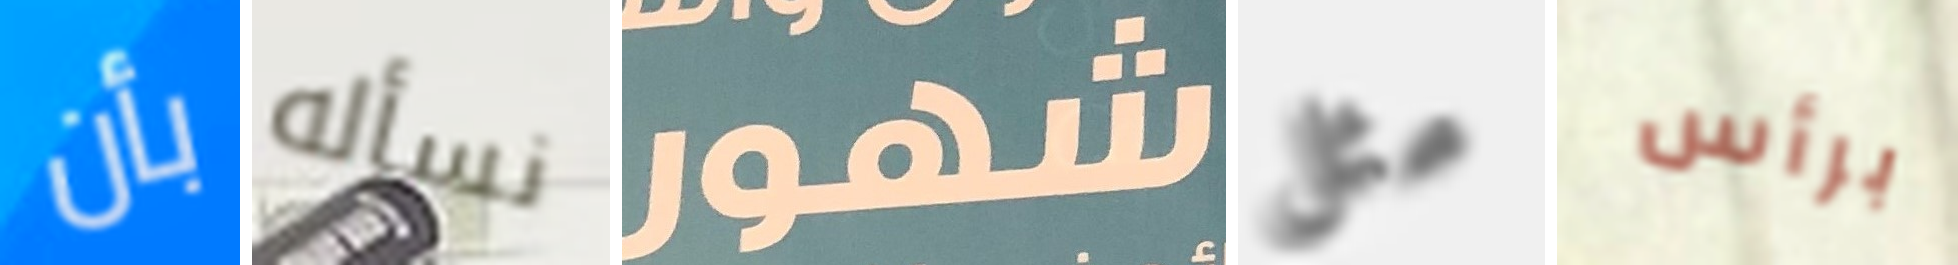
بأن نسأله شهور مثل برأس